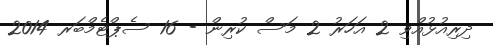
ދިރިއުޅުއްވި 2 އަހަރު 2 މަސް ކުރިން - 16 ސެޕްޓެމްބަރ 2014